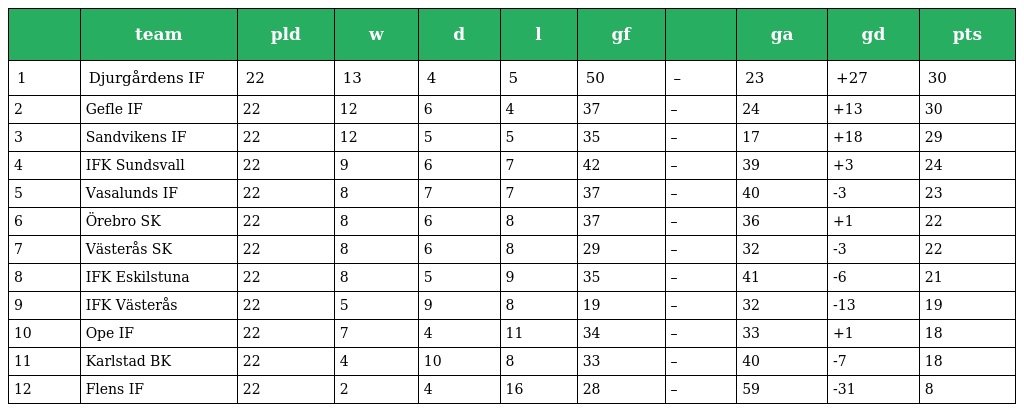
|  | team | pld | w | d | l | gf |  | ga | gd | pts |
 | --- | --- | --- | --- | --- | --- | --- | --- | --- | --- | --- |
 | 1 | Djurgårdens IF | 22 | 13 | 4 | 5 | 50 | – | 23 | +27 | 30 |
 | 2 | Gefle IF | 22 | 12 | 6 | 4 | 37 | – | 24 | +13 | 30 |
 | 3 | Sandvikens IF | 22 | 12 | 5 | 5 | 35 | – | 17 | +18 | 29 |
 | 4 | IFK Sundsvall | 22 | 9 | 6 | 7 | 42 | – | 39 | +3 | 24 |
 | 5 | Vasalunds IF | 22 | 8 | 7 | 7 | 37 | – | 40 | -3 | 23 |
 | 6 | Örebro SK | 22 | 8 | 6 | 8 | 37 | – | 36 | +1 | 22 |
 | 7 | Västerås SK | 22 | 8 | 6 | 8 | 29 | – | 32 | -3 | 22 |
 | 8 | IFK Eskilstuna | 22 | 8 | 5 | 9 | 35 | – | 41 | -6 | 21 |
 | 9 | IFK Västerås | 22 | 5 | 9 | 8 | 19 | – | 32 | -13 | 19 |
 | 10 | Ope IF | 22 | 7 | 4 | 11 | 34 | – | 33 | +1 | 18 |
 | 11 | Karlstad BK | 22 | 4 | 10 | 8 | 33 | – | 40 | -7 | 18 |
 | 12 | Flens IF | 22 | 2 | 4 | 16 | 28 | – | 59 | -31 | 8 |